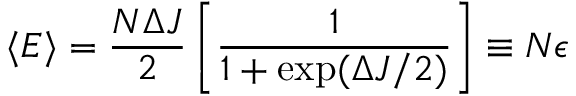
\langle E \rangle = \frac { N \Delta J } { 2 } \left[ \frac { 1 } { 1 + \exp ( \Delta J / 2 ) } \right] \equiv N \epsilon